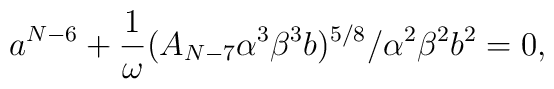
a^{N-6}+\frac{1}{\omega} (A_{N-7}\alpha^3 \beta^3 b)^{5/8}/\alpha^2 \beta^2 b^2=0,